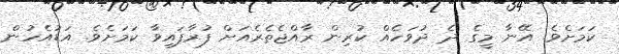
ކަމަށެވެ. އޭނާ މީގެ ދެ ދުވަހެއް ކުރިން ރާއްޖެތެރެއަށް ފުރާފައިވާ ކަމަށެވެ. އަޑުއެހުން